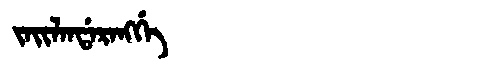
Manchu: ᠵᠠᡳᠯᠠᠨᡩᠠᡵᠠᠩᡤᡝ
Romanization: JAILANDARANGGE